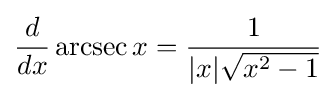
{\frac {d}{dx}}\operatorname {arcsec} x={\frac {1}{|x|{\sqrt {x^{2}-1}}}}